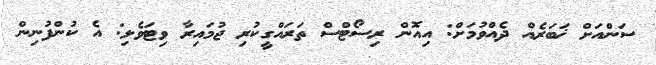
ސަންއަށް ޚަބަރެއް ދެއްވުމަށް: އިއޮން ރިސޯޓްސް ތަރައްގީކުރި ޖުމައިރާ ވިޓަވެލި: އެ ކުންފުނިން